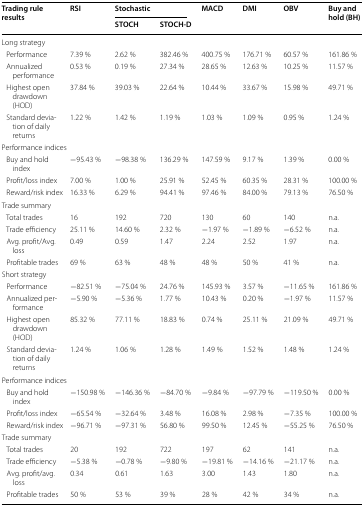
<table><thead><tr><td rowspan="2"><b>Trading rule results</b></td><td rowspan="2"><b>RSI</b></td><td colspan="2"><b>Stochastic</b></td><td rowspan="2"><b>MACD</b></td><td rowspan="2"><b>DMI</b></td><td rowspan="2"><b>OBV</b></td><td rowspan="2"><b>Buy and hold (BH)</b></td></tr><tr><td><b>STOCH</b></td><td><b>STOCH-D</b></td></tr></thead><tbody><tr><td colspan="8">Long strategy</td></tr><tr><td> Performance</td><td>7.39 %</td><td>2.62 %</td><td>382.46 %</td><td>400.75 %</td><td>176.71 %</td><td>60.57 %</td><td>161.86 %</td></tr><tr><td> Annualized performance</td><td>0.53 %</td><td>0.19 %</td><td>27.34 %</td><td>28.65 %</td><td>12.63 %</td><td>10.25 %</td><td>11.57 %</td></tr><tr><td> Highest open drawdown (HOD)</td><td>37.84 %</td><td>39.03 %</td><td>22.64 %</td><td>10.44 %</td><td>33.67 %</td><td>15.98 %</td><td>49.71 %</td></tr><tr><td> Standard deviation of daily returns</td><td>1.22 %</td><td>1.42 %</td><td>1.19 %</td><td>1.03 %</td><td>1.09 %</td><td>0.95 %</td><td>1.24 %</td></tr><tr><td colspan="8">Performance indices</td></tr><tr><td> Buy and hold index</td><td>−95.43 %</td><td>−98.38 %</td><td>136.29 %</td><td>147.59 %</td><td>9.17 %</td><td>1.39 %</td><td>0.00 %</td></tr><tr><td> Profit/loss index</td><td>7.00 %</td><td>1.00 %</td><td>25.91 %</td><td>52.45 %</td><td>60.35 %</td><td>28.31 %</td><td>100.00 %</td></tr><tr><td> Reward/risk index</td><td>16.33 %</td><td>6.29 %</td><td>94.41 %</td><td>97.46 %</td><td>84.00 %</td><td>79.13 %</td><td>76.50 %</td></tr><tr><td colspan="8">Trade summary</td></tr><tr><td> Total trades</td><td>16</td><td>192</td><td>720</td><td>130</td><td>60</td><td>140</td><td>n.a.</td></tr><tr><td> Trade efficiency</td><td>25.11 %</td><td>14.60 %</td><td>2.32 %</td><td>−1.97 %</td><td>−1.89 %</td><td>−6.52 %</td><td>n.a.</td></tr><tr><td> Avg. profit/Avg. loss</td><td>0.49</td><td>0.59</td><td>1.47</td><td>2.24</td><td>2.52</td><td>1.97</td><td>n.a.</td></tr><tr><td> Profitable trades</td><td>69 %</td><td>63 %</td><td>48 %</td><td>48 %</td><td>50 %</td><td>41 %</td><td>n.a.</td></tr><tr><td colspan="8">Short strategy</td></tr><tr><td> Performance</td><td>−82.51 %</td><td>−75.04 %</td><td>24.76 %</td><td>145.93 %</td><td>3.57 %</td><td>−11.65 %</td><td>161.86 %</td></tr><tr><td> Annualized performance</td><td>−5.90 %</td><td>−5.36 %</td><td>1.77 %</td><td>10.43 %</td><td>0.20 %</td><td>−1.97 %</td><td>11.57 %</td></tr><tr><td> Highest open drawdown (HOD)</td><td>85.32 %</td><td>77.11 %</td><td>18.83 %</td><td>0.74 %</td><td>25.11 %</td><td>21.09 %</td><td>49.71 %</td></tr><tr><td> Standard deviation of daily returns</td><td>1.24 %</td><td>1.06 %</td><td>1.28 %</td><td>1.49 %</td><td>1.52 %</td><td>1.48 %</td><td>1.24 %</td></tr><tr><td colspan="8">Performance indices</td></tr><tr><td> Buy and hold index</td><td>−150.98 %</td><td>−146.36 %</td><td>−84.70 %</td><td>−9.84 %</td><td>−97.79 %</td><td>−119.50 %</td><td>0.00 %</td></tr><tr><td> Profit/loss index</td><td>−65.54 %</td><td>−32.64 %</td><td>3.48 %</td><td>16.08 %</td><td>2.98 %</td><td>−7.35 %</td><td>100.00 %</td></tr><tr><td> Reward/risk index</td><td>−96.71 %</td><td>−97.31 %</td><td>56.80 %</td><td>99.50 %</td><td>12.45 %</td><td>−55.25 %</td><td>76.50 %</td></tr><tr><td colspan="8">Trade summary</td></tr><tr><td> Total trades</td><td>20</td><td>192</td><td>722</td><td>197</td><td>62</td><td>141</td><td>n.a.</td></tr><tr><td> Trade efficiency</td><td>−5.38 %</td><td>−0.78 %</td><td>−9.80 %</td><td>−19.81 %</td><td>−14.16 %</td><td>−21.17 %</td><td>n.a.</td></tr><tr><td> Avg. profit/avg. loss</td><td>0.34</td><td>0.61</td><td>1.63</td><td>3.00</td><td>1.43</td><td>1.80</td><td>n.a.</td></tr><tr><td> Profitable trades</td><td>50 %</td><td>53 %</td><td>39 %</td><td>28 %</td><td>42 %</td><td>34 %</td><td>n.a.</td></tr></tbody></table>